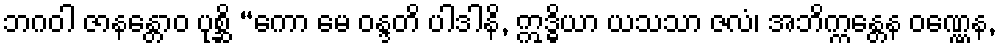
ဘဂဝါ ဇာနန္တောဝ ပုစ္ဆိ “ကော မေ ဝန္ဒတိ ပါဒါနိ, ဣဒ္ဓိယာ ယသသာ ဇလံ၊ အဘိက္ကန္တေန ဝဏ္ဏေန,